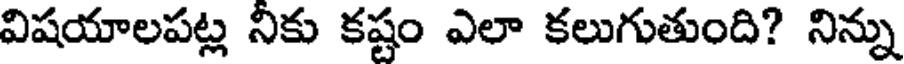
విషయాలపట్ల నీకు కష్టం ఎలా కలుగుతుంది? నిన్ను